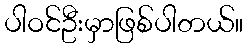
ပါဝင်ဦးမှာဖြစ်ပါတယ်။